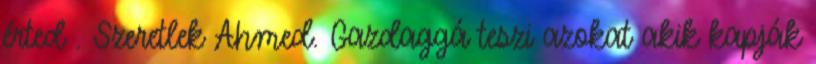
érted . Szeretlek Ahmed. Gazdaggá teszi azokat akik kapják